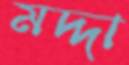
মদ্দা